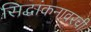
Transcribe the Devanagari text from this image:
सिद्धांकनावरची